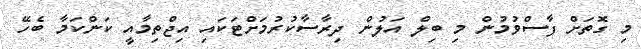
މި ގޮތަށް ފާސްވުމުން މި ބިލް އަލުން ދިރާސާކުރުމަށްޓަކައި އިޖްތިމާއީ ކަންކަމާ ބެހޭ